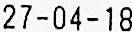
27-04-18